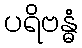
ပရိဗန္ဓံ